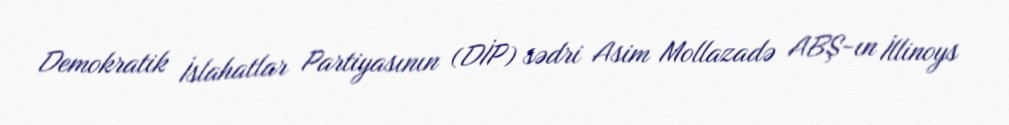
Demokratik İslahatlar Partiyasının (DİP) sədri Asim Mollazadə ABŞ-ın İllinoys